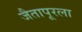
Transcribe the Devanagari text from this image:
जैतापूरला